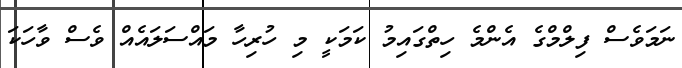
ނަމަވެސް ފިލްމްގެ އެންމެ ހިތްގައިމު ކަމަކީ މި ހުރިހާ މައްސަލައެއް ވެސް ވާހަކަ